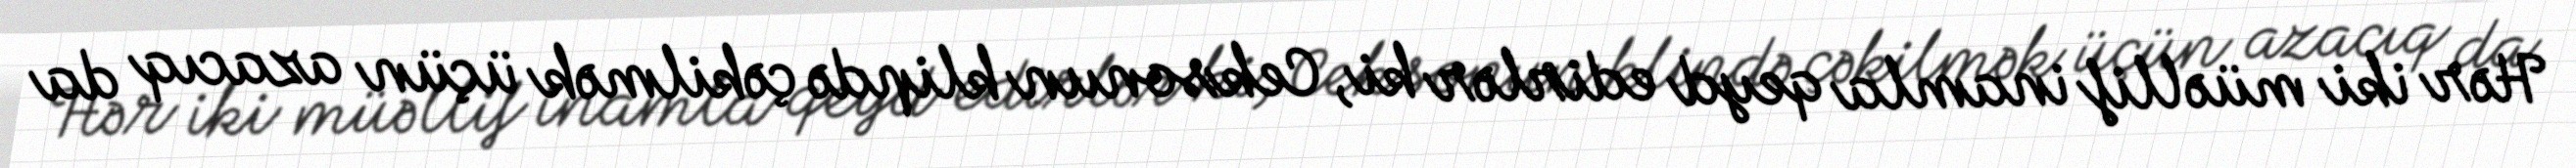
Hər iki müəllif inamla qeyd edirlər ki, Ceksonun klipdə çəkilmək üçün azacıq da